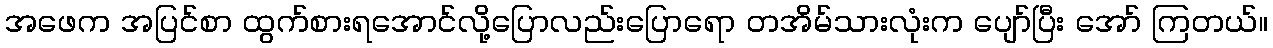
အဖေက အပြင်စာ ထွက်စားရအောင်လို့ပြောလည်းပြောရော တအိမ်သားလုံးက ပျော်ပြီး အော် ကြတယ်။